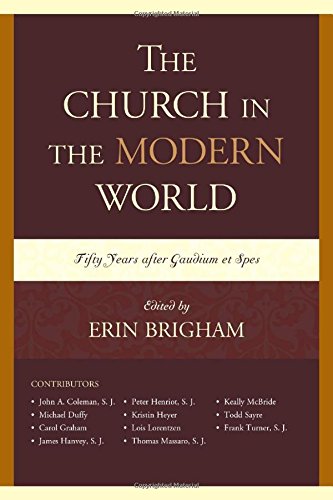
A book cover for The Church in the Modern World: Fifty Years after Gaudium et Spes; Christian Books & Bibles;